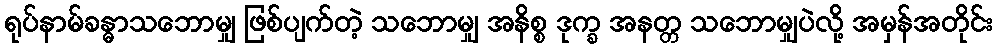
ရုပ်နာမ်ခန္ဓာသဘောမျှ ဖြစ်ပျက်တဲ့ သဘောမျှ အနိစ္စ ဒုက္ခ အနတ္တ သဘောမျှပဲလို့ အမှန်အတိုင်း